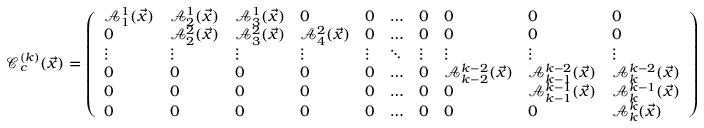
\mathcal C _ { c } ^ { ( k ) } ( \vec { x } ) = \left( \begin{array} { l l l l l l l l l l } { \mathcal A _ { 1 } ^ { 1 } ( \vec { x } ) } & { \mathcal A _ { 2 } ^ { 1 } ( \vec { x } ) } & { \mathcal A _ { 3 } ^ { 1 } ( \vec { x } ) } & { 0 } & { 0 } & { \ldots } & { 0 } & { 0 } & { 0 } & { 0 } \\ { 0 } & { \mathcal A _ { 2 } ^ { 2 } ( \vec { x } ) } & { \mathcal A _ { 3 } ^ { 2 } ( \vec { x } ) } & { \mathcal A _ { 4 } ^ { 2 } ( \vec { x } ) } & { 0 } & { \ldots } & { 0 } & { 0 } & { 0 } & { 0 } \\ { \vdots } & { \vdots } & { \vdots } & { \vdots } & { \vdots } & { \ddots } & { \vdots } & { \vdots } & { \vdots } & { \vdots } \\ { 0 } & { 0 } & { 0 } & { 0 } & { 0 } & { \ldots } & { 0 } & { \mathcal A _ { k - 2 } ^ { k - 2 } ( \vec { x } ) } & { \mathcal A _ { k - 1 } ^ { k - 2 } ( \vec { x } ) } & { \mathcal A _ { k } ^ { k - 2 } ( \vec { x } ) } \\ { 0 } & { 0 } & { 0 } & { 0 } & { 0 } & { \ldots } & { 0 } & { 0 } & { \mathcal A _ { k - 1 } ^ { k - 1 } ( \vec { x } ) } & { \mathcal A _ { k } ^ { k - 1 } ( \vec { x } ) } \\ { 0 } & { 0 } & { 0 } & { 0 } & { 0 } & { \ldots } & { 0 } & { 0 } & { 0 } & { \mathcal A _ { k } ^ { k } ( \vec { x } ) } \end{array} \right)